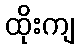
ထိုးကျ